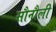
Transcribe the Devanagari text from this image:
सौनौली